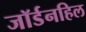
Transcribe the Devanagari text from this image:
जॉर्डनहिल